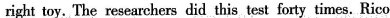
right toy. The researchers did thistest forty times. Rico